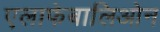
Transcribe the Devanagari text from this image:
एलाफेबालिओन